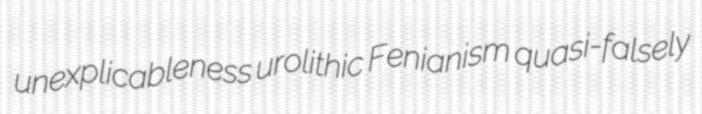
unexplicableness urolithic Fenianism quasi-falsely